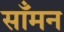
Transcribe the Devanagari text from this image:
साँमन